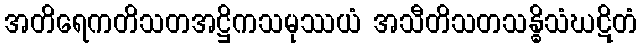
အတိရေကတိသတအဋ္ဌိကသမုဿယံ အသီတိသတသန္ဓိသံဃဋိတံ